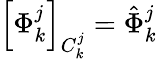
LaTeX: \left[\Phi_{k}^{j}\right]_{C_{k}^{j}}=\hat{\Phi}_{k}^{j}